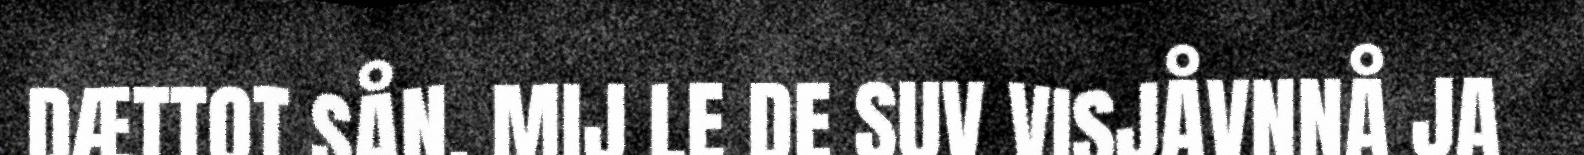
DÆTTOT SÅN. MIJ LE DE SUV VISJÅVNNÅ JA